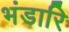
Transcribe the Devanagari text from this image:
भंडारि